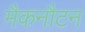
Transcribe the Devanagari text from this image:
मैकनौटन